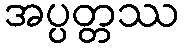
အပ္ပတ္တဿ